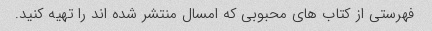
فهرستی از کتاب های محبوبی که امسال منتشر شده اند را تهیه کنید.